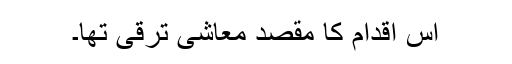
اس اقدام کا مقصد معاشی ترقی تھا۔